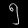
Digit: ၅